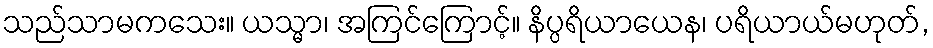
သည်သာမကသေး။ ယသ္မာ၊ အကြင်ကြောင့်။ နိပ္ပရိယာယေန၊ ပရိယာယ်မဟုတ်,